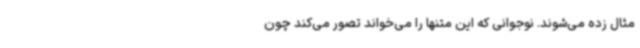
مثال زده می‌شوند. نوجوانی که این متنها را می‌خواند تصور می‌کند چون